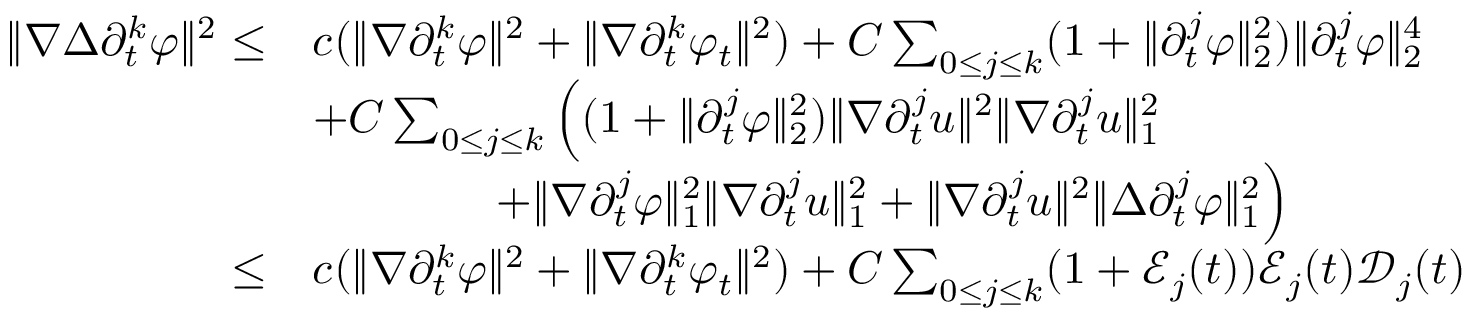
\begin{array} { r l } { \| \nabla \Delta \partial _ { t } ^ { k } \varphi \| ^ { 2 } \leq } & { c ( \| \nabla \partial _ { t } ^ { k } \varphi \| ^ { 2 } + \| \nabla \partial _ { t } ^ { k } \varphi _ { t } \| ^ { 2 } ) + C \sum _ { 0 \leq j \leq k } ( 1 + \| \partial _ { t } ^ { j } \varphi \| _ { 2 } ^ { 2 } ) \| \partial _ { t } ^ { j } \varphi \| _ { 2 } ^ { 4 } } \\ & { + C \sum _ { 0 \leq j \leq k } \Big ( ( 1 + \| \partial _ { t } ^ { j } \varphi \| _ { 2 } ^ { 2 } ) \| \nabla \partial _ { t } ^ { j } u \| ^ { 2 } \| \nabla \partial _ { t } ^ { j } u \| _ { 1 } ^ { 2 } } \\ & { \qquad \qquad + \| \nabla \partial _ { t } ^ { j } \varphi \| _ { 1 } ^ { 2 } \| \nabla \partial _ { t } ^ { j } u \| _ { 1 } ^ { 2 } + \| \nabla \partial _ { t } ^ { j } u \| ^ { 2 } \| \Delta \partial _ { t } ^ { j } \varphi \| _ { 1 } ^ { 2 } \Big ) } \\ { \leq } & { c ( \| \nabla \partial _ { t } ^ { k } \varphi \| ^ { 2 } + \| \nabla \partial _ { t } ^ { k } \varphi _ { t } \| ^ { 2 } ) + C \sum _ { 0 \leq j \leq k } ( 1 + \mathcal { E } _ { j } ( t ) ) \mathcal { E } _ { j } ( t ) \mathcal { D } _ { j } ( t ) } \end{array}